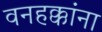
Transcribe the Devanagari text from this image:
वनहक्कांना